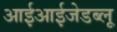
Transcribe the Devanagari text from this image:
आईआईजेडब्लू